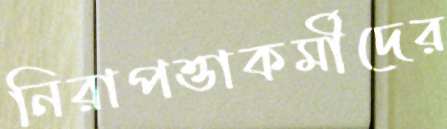
নিরাপত্তাকর্মীদের